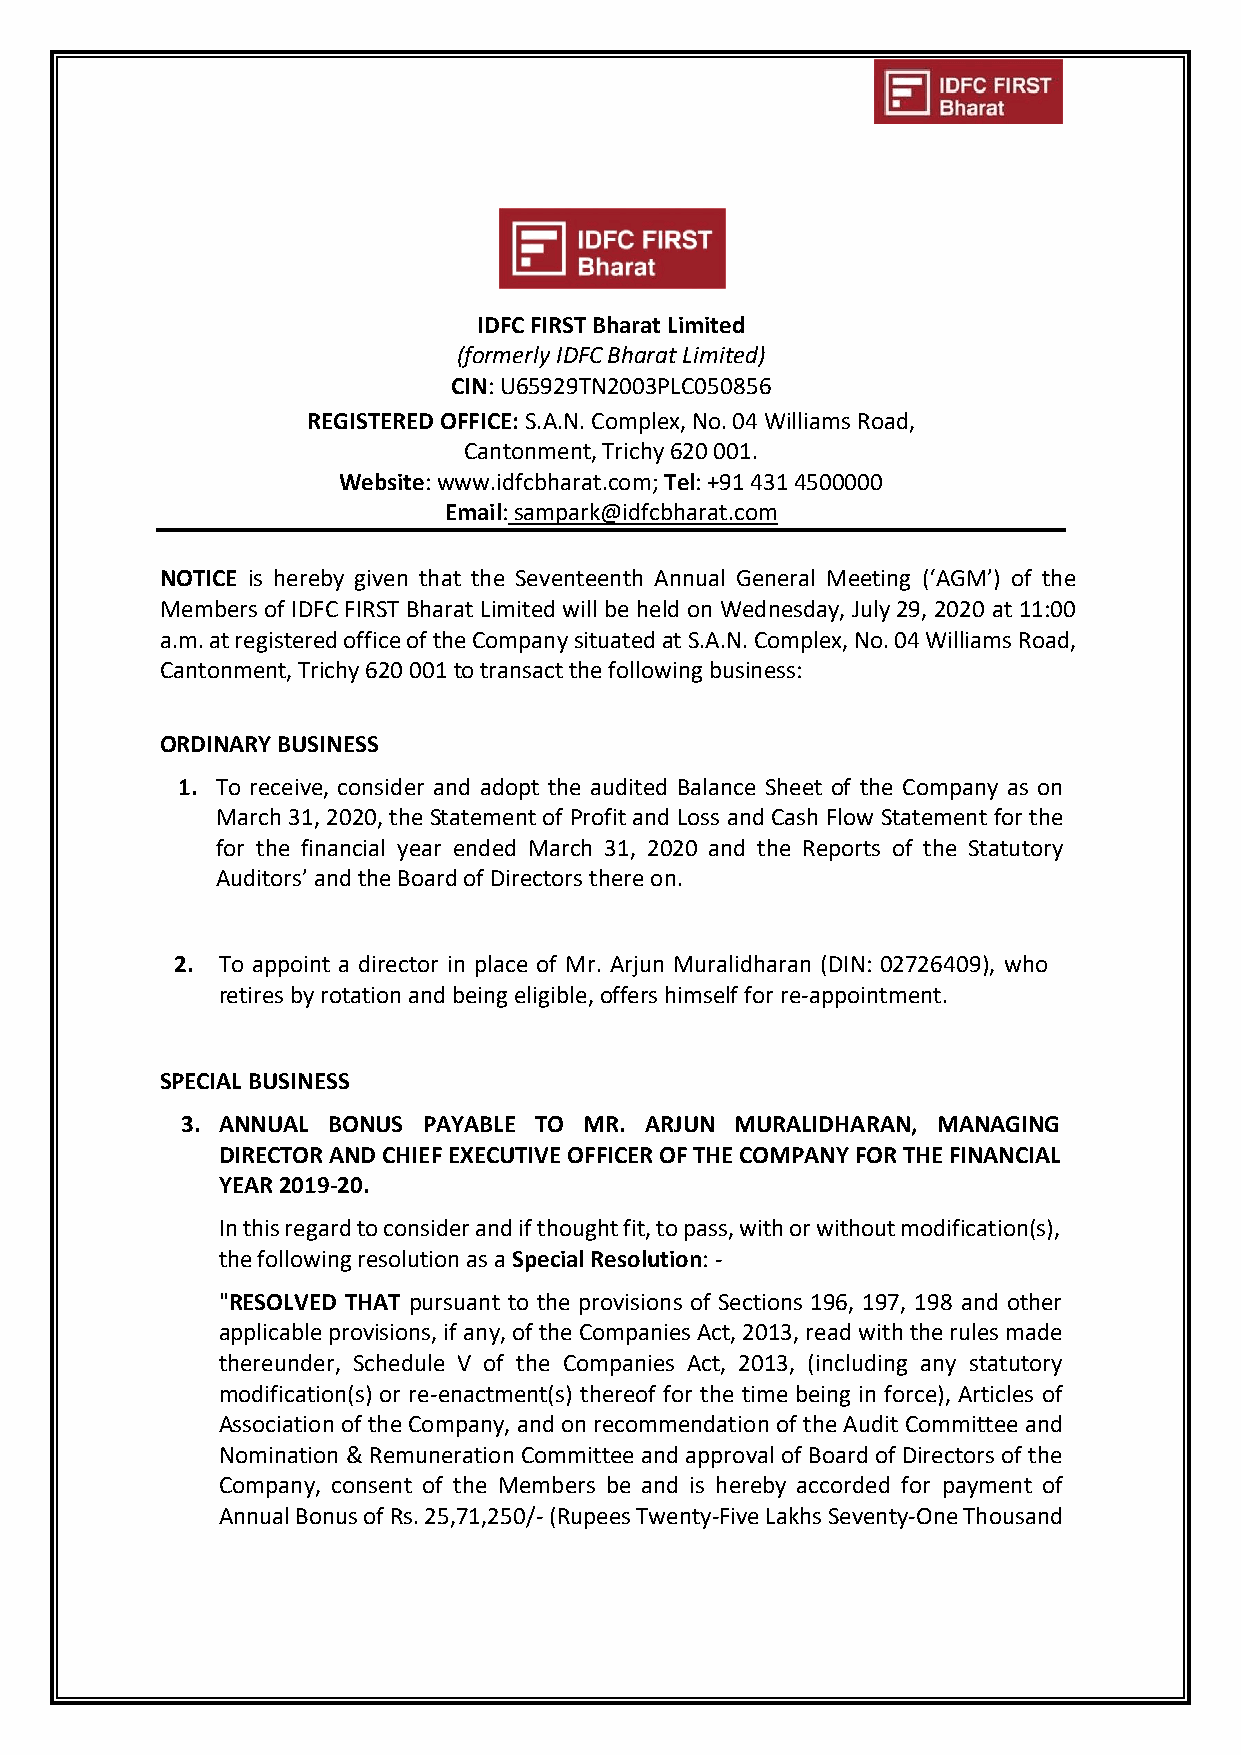
IDFC FIRST Bharat Limited
 (formerly IDFC Bharat Limited)
 CIN: U65929TN2003PLC050856
 REGISTERED OFFICE: S.A.N. Complex, No. 04 Williams Road,
 Cantonment, Trichy 620 001.
 Website: www.idfcbharat.com; Tel: +91 431 4500000
 Email: sampark@idfcbharat.com
 NOTICE is hereby given that the Seventeenth Annual General Meeting (‘AGM’) of the
 Members of IDFC FIRST Bharat Limited will be held on Wednesday, July 29, 2020 at 11:00
 a.m. at registered office of the Company situated at S.A.N. Complex, No. 04 Williams Road,
 Cantonment, Trichy 620 001 to transact the following business:
 ORDINARY BUSINESS
 1. To receive, consider and adopt the audited Balance Sheet of the Company as on
 March 31, 2020, the Statement of Profit and Loss and Cash Flow Statement for the
 for the financial year ended March 31, 2020 and the Reports of the Statutory
 Auditors’ and the Board of Directors there on.
 2. To appoint a director in place of Mr. Arjun Muralidharan (DIN: 02726409), who
 retires by rotation and being eligible, offers himself for re-appointment.
 SPECIAL BUSINESS
 3. ANNUAL BONUS PAYABLE TO MR. ARJUN MURALIDHARAN, MANAGING
 DIRECTOR AND CHIEF EXECUTIVE OFFICER OF THE COMPANY FOR THE FINANCIAL
 YEAR 2019-20.
 In this regard to consider and if thought fit, to pass, with or without modification(s),
 the following resolution as a Special Resolution: -
 "RESOLVED THAT pursuant to the provisions of Sections 196, 197, 198 and other
 applicable provisions, if any, of the Companies Act, 2013, read with the rules made
 thereunder, Schedule V of the Companies Act, 2013, (including any statutory
 modification(s) or re-enactment(s) thereof for the time being in force), Articles of
 Association of the Company, and on recommendation of the Audit Committee and
 Nomination & Remuneration Committee and approval of Board of Directors of the
 Company, consent of the Members be and is hereby accorded for payment of
 Annual Bonus of Rs. 25,71,250/- (Rupees Twenty-Five Lakhs Seventy-One Thousand